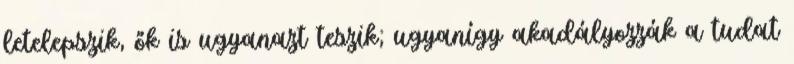
letelepszik, ők is ugyanazt teszik; ugyanígy akadályozzák a tudat